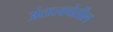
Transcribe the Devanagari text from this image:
अंतःत्वचेतील